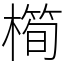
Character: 橁